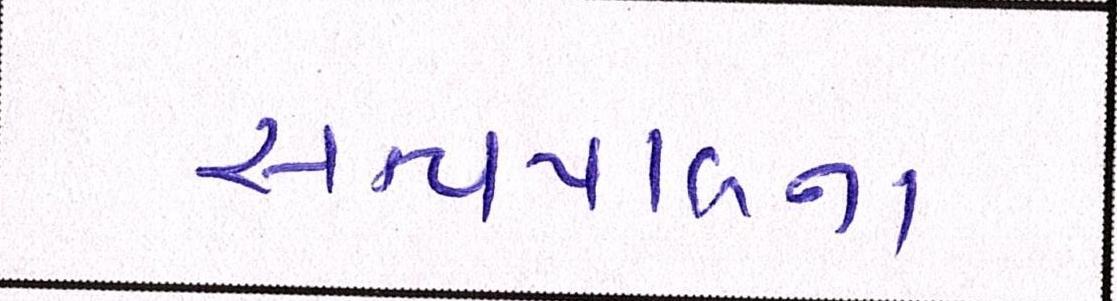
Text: સત્યપાલના